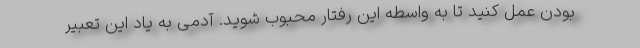
بودن عمل کنید تا به واسطه این رفتار محبوب شوید. آدمی به یاد این تعبیر